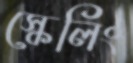
স্কেলিং